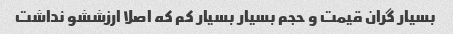
بسیار گران قیمت و حجم بسیار بسیار کم که اصلا ارزششو نداشت